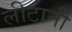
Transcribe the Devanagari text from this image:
लीटानी